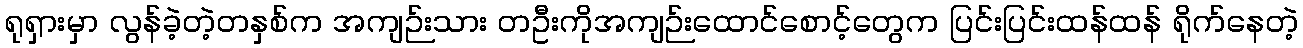
ရုရှားမှာ လွန်ခဲ့တဲ့တနှစ်က အကျဉ်းသား တဦးကိုအကျဉ်းထောင်စောင့်တွေက ပြင်းပြင်းထန်ထန် ရိုက်နေတဲ့